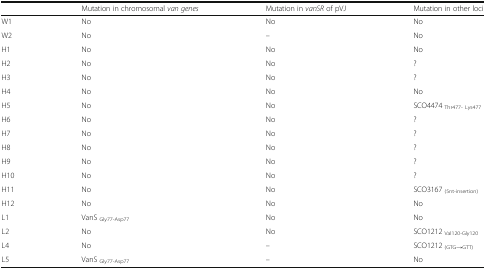
<table><thead><tr><td></td><td><b>Mutation in chromosomal <i>van genes</i></b></td><td><b>Mutation in <i>vanSR</i> of pVJ</b></td><td><b>Mutation in other loci</b></td></tr></thead><tbody><tr><td>W1</td><td>No</td><td>No</td><td>No</td></tr><tr><td>W2</td><td>No</td><td>–</td><td>No</td></tr><tr><td>H1</td><td>No</td><td>No</td><td>No</td></tr><tr><td>H2</td><td>No</td><td>No</td><td>?</td></tr><tr><td>H3</td><td>No</td><td>No</td><td>?</td></tr><tr><td>H4</td><td>No</td><td>No</td><td>No</td></tr><tr><td>H5</td><td>No</td><td>No</td><td>SCO4474 <sub>Thr477- Lys477</sub></td></tr><tr><td>H6</td><td>No</td><td>No</td><td>?</td></tr><tr><td>H7</td><td>No</td><td>No</td><td>?</td></tr><tr><td>H8</td><td>No</td><td>No</td><td>?</td></tr><tr><td>H9</td><td>No</td><td>No</td><td>?</td></tr><tr><td>H10</td><td>No</td><td>No</td><td>?</td></tr><tr><td>H11</td><td>No</td><td>No</td><td>SCO3167 <sub>(5nt-insertion)</sub></td></tr><tr><td>H12</td><td>No</td><td>No</td><td>No</td></tr><tr><td>L1</td><td>VanS <sub>Gly77-Asp77</sub></td><td>No</td><td>No</td></tr><tr><td>L2</td><td>No</td><td>No</td><td>SCO1212 <sub>Val120-Gly120</sub></td></tr><tr><td>L4</td><td>No</td><td>–</td><td>SCO1212 <sub>(GTG→GTT)</sub></td></tr><tr><td>L5</td><td>VanS <sub>Gly77-Asp77</sub></td><td>–</td><td>No</td></tr></tbody></table>